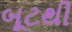
બૂટથી